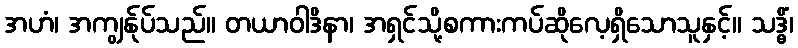
အဟံ၊ အကျွန်ုပ်သည်။ တယာဝါဒိနာ၊ အရှင်သို့စကားကပ်ဆိုလေ့ရှိသောသူနှင့်။ သဒ္ဓိံ၊